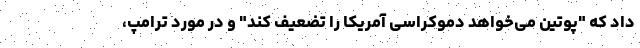
داد که "پوتین می‌خواهد دموکراسی آمریکا را تضعیف کند" و در مورد ترامپ،